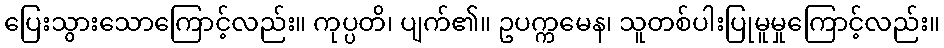
ပြေးသွားသောကြောင့်လည်း။ ကုပ္ပတိ၊ ပျက်၏။ ဥပက္ကမေန၊ သူတစ်ပါးပြုမူမှုကြောင့်လည်း။